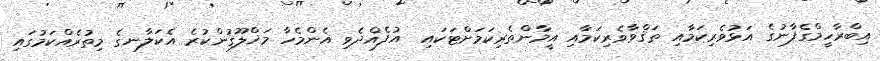
އިބްރާހީމްގެފާނުގެ އަޅުވެރިކަމާއި ތަޤްވާވެރިކަމާއި އީމާންތެރިކަމަށްޓަކައި  އުފެއްދެވި އެންމެހާ މަޚްލޫޤުންކުރެ އެކަލާނގެ މިތުރެއްކަމުގައި